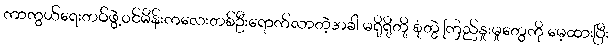
ကာကွယ်ရေးတပ်ဖွဲ့ဝင်မိန်းကလေးတစ်ဦးရောက်လာတဲ့အခါ မရိုရိုတို့ စုံတွဲ ကြည်နှုးမှုတွေကို မေ့ထားပြီး